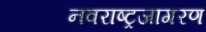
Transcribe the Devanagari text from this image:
नवराष्ट्रजागरण